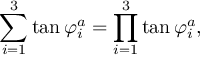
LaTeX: \sum _ { i = 1 } ^ { 3 } \tan \varphi _ { i } ^ { a } = \prod _ { i = 1 } ^ { 3 } \tan \varphi _ { i } ^ { a } ,